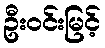
ဦးဝင်းမြင့်